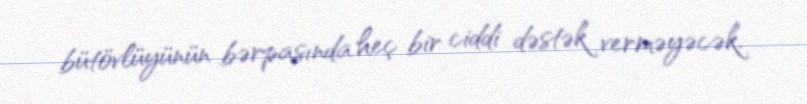
bütövlüyünün bərpasında heç bir ciddi dəstək verməyəcək.